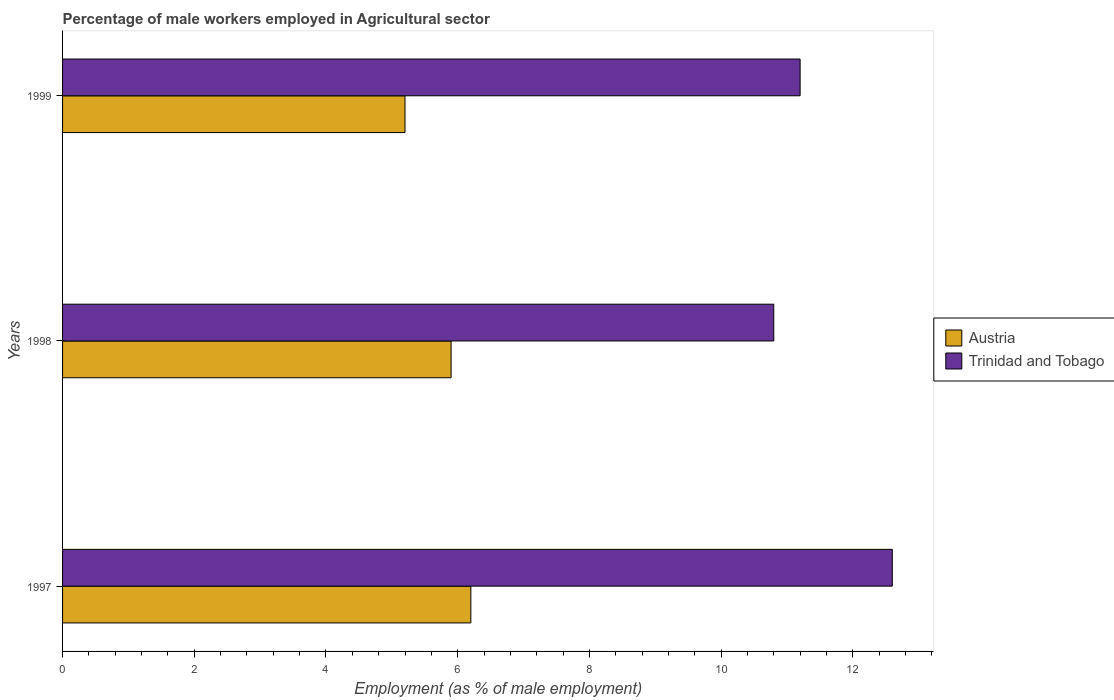
| Years | Austria | Trinidad and Tobago |
 | --- | --- | --- |
 | 1997 | 6.2 | 12.6 |
 | 1998 | 5.9 | 10.8 |
 | 1999 | 5.2 | 11.2 |